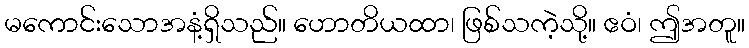
မကောင်းသောအနံ့ရှိသည်။ ဟောတိယထာ၊ ဖြစ်သကဲ့သို့။ ဧဝံ၊ ဤအတူ။